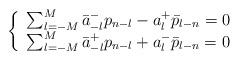
LaTeX: \begin{align*}\left\{\begin{array}{c}\sum_{l=-M}^{M}\bar{a}^-_{-l}p_{n-l}-a^+_l\bar{p}_{l-n}=0\\\sum_{l=-M}^{M}\bar{a}^+_{-l}p_{n-l}+a^-_{l}\bar{p}_{l-n}=0\end{array}\right.\end{align*}